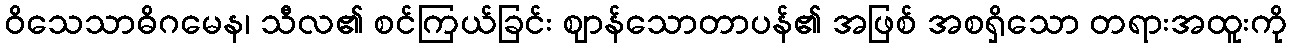
ဝိသေသာဓိဂမေန၊ သီလ၏ စင်ကြယ်ခြင်း ဈာန်သောတာပန်၏ အဖြစ် အစရှိသော တရားအထူးကို